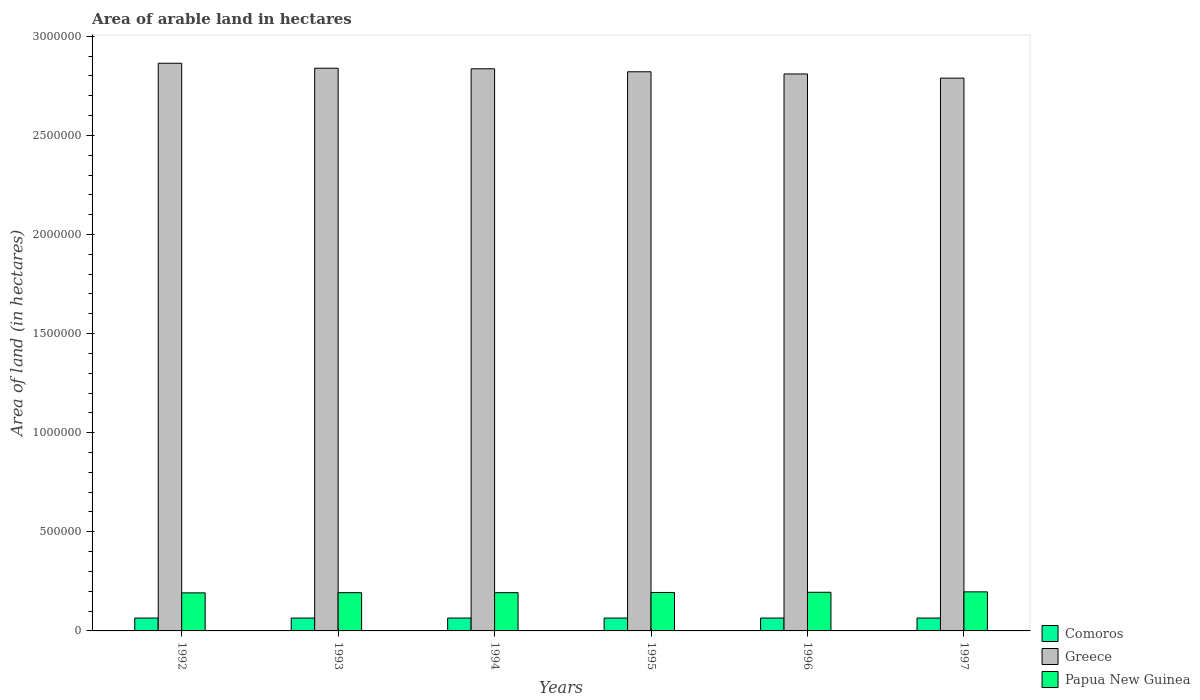
| Years | Comoros | Greece | Papua New Guinea |
 | --- | --- | --- | --- |
 | 1992 | 6.5e+04 | 2.86e+06 | 1.92e+05 |
 | 1993 | 6.5e+04 | 2.84e+06 | 1.93e+05 |
 | 1994 | 6.5e+04 | 2.84e+06 | 1.93e+05 |
 | 1995 | 6.5e+04 | 2.82e+06 | 1.94e+05 |
 | 1996 | 6.5e+04 | 2.81e+06 | 1.95e+05 |
 | 1997 | 6.5e+04 | 2.79e+06 | 1.97e+05 |